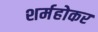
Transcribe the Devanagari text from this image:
शर्महोकर